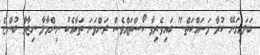
ބަލައިގަނޭ ކުރާ މަސައްކަތް." ބައިވެރިވާ ކޯސްތައްވެސް ރަންވަނަ ތަކާއެކު ނިންމާލާ ނިޒާމާ ބުންޏެ